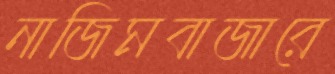
নাজিমবাজারে